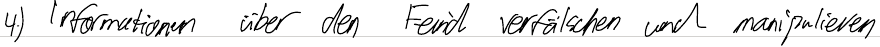
4.) Informationen über den Feind verfälschen und manipulieren